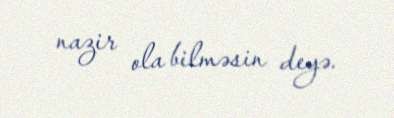
nazir ola bilməsin deyə.